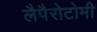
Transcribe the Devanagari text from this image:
लैपैरोटोमी